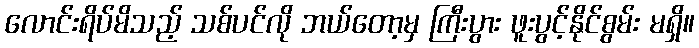
လောင်းရိပ်မိသည့် သစ်ပင်လို ဘယ်တော့မှ ကြီးပွား ဖူးပွင့်နိုင်စွမ်း မရှိ။